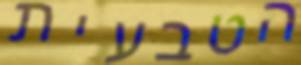
הטבעית